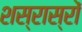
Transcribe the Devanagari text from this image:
शस्रास्रों